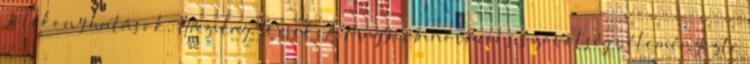
Jótékony hatások, Házilag, Versek, A Magyar Innovációs Szövetség véleményezte